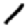
Digit: 1